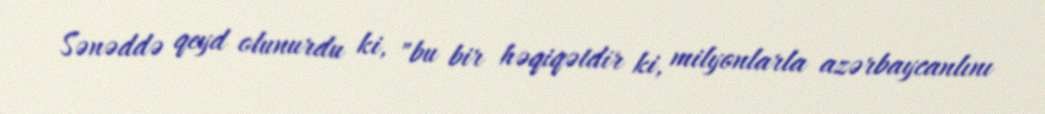
Sənəddə qeyd olunurdu ki, "bu bir həqiqətdir ki, milyonlarla azərbaycanlını